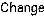
CHANGE